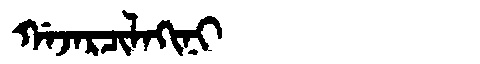
Manchu: ᡤᠠᠵᠠᡵᠴᡳᠯᠠᡴᡳᠨᡳ
Romanization: GAJARCILAKINI